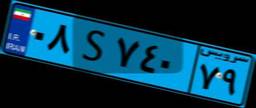
۰۸S۷۴۰۷۹